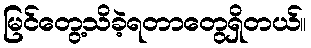
မြင်တွေ့သိခဲ့ရတာတွေရှိတယ်။